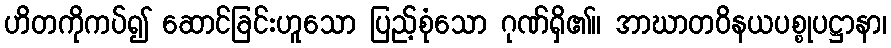
ဟိတကိုကပ်၍ ဆောင်ခြင်းဟူသော ပြည့်စုံသော ဂုဏ်ရှိ၏။ အာဃာတဝိနယပစ္စုပဋ္ဌာနာ၊